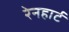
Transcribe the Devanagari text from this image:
रेनहार्ट